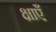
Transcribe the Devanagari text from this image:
क्षाएँ